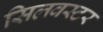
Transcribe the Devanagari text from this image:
सिलवस्टर